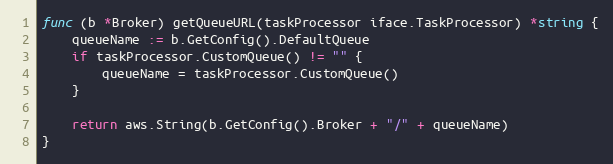
Language: Go
func (b *Broker) getQueueURL(taskProcessor iface.TaskProcessor) *string {
	queueName := b.GetConfig().DefaultQueue
	if taskProcessor.CustomQueue() != "" {
		queueName = taskProcessor.CustomQueue()
	}

	return aws.String(b.GetConfig().Broker + "/" + queueName)
}